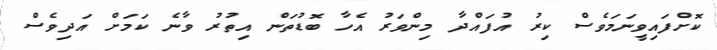
ކޮށްފައިވީނަމަވެސް ކިރު އުފައްދާ މިންވަރު އެހާ ބޮޑުތަން އިތުރު ވާނެ ކަމަށް އަދިވެސް